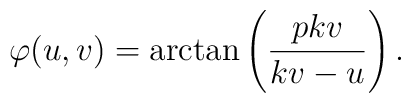
\varphi(u,v)= \hbox{arctan}\left(\frac{pkv}{kv-u}\right) .